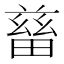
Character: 𤲸